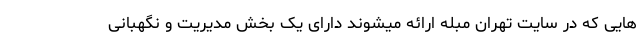
هایی که در سایت تهران مبله ارائه میشوند دارای یک بخش مدیریت و نگهبانی